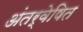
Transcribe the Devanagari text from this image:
अंतर्वेषित